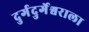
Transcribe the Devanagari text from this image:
दुर्गदुर्गेश्वराला